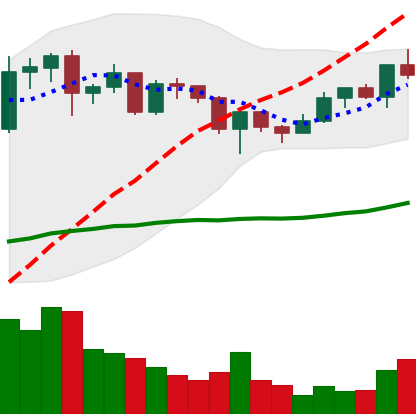
Ticker: ADA-USD
Chart end date: 2020-12-17
Forward return: -4.468%
Label: down_3_5